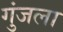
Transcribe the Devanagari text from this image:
गुंजला